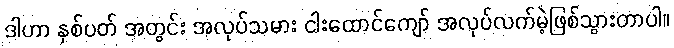
ဒါဟာ နှစ်ပတ် အတွင်း အလုပ်သမား ငါးထောင်ကျော် အလုပ်လက်မဲ့ဖြစ်သွားတာပါ။